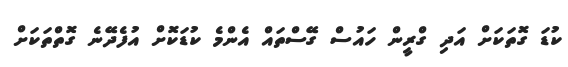
ކުޑަ ގޮތަކަށް އަދި ގްރީން ހައުސް ގޭސްތައް އެންމެ ކުޑަކޮށް އުފެދޭނެ ގޮތްތަކަށް